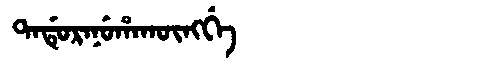
Manchu: ᡨᠠᡩᡠᡵᠠᠨᡠᡥᠠᡴᡡᠩᡤᡝ
Romanization: TADURANUHAKŪNGGE